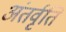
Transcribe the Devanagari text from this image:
अंतर्वृति